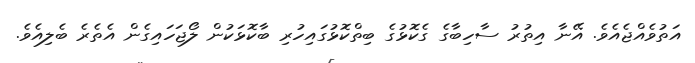
އަތުވެއްޖެއެވެ. އޭނާ އިތުރު ސާހިބާގެ ގެކޮޅުގެ ބިތްކޮޅުގައިހުރި ބާކޮޅަކުން ލޯޖަހައިގެން އެތެރެ ބެލިއެވެ.